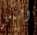
التي